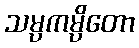
သမ္ပကမ္ပိတော